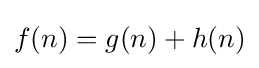
f(n)=g(n)+h(n)